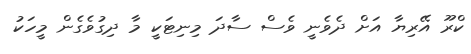
ކްރޫ އޭރިޔާ އަށް ދެވެނީ ވެސް ސާދަ މިނިޓަކީ މާ ދިގުވެގެން މީހަކު